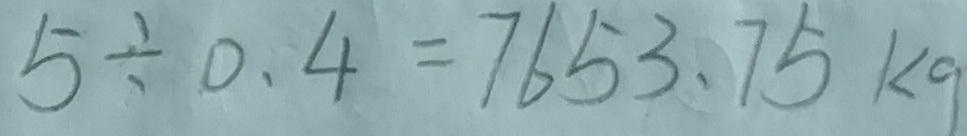
5 \div 0 . 4 = 7 6 5 3 . 7 5 k g